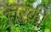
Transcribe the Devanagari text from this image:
त्तरकी